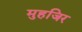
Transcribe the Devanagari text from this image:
मुहजिर